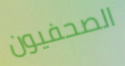
الصحفيون